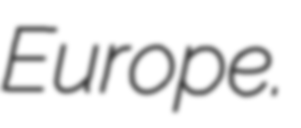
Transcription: Europe.